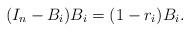
LaTeX: \begin{align*} (I_n-B_i)B_i=(1-r_i)B_i. \end{align*}